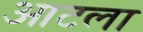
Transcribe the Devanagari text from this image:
आटला